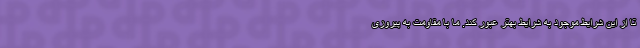
تا از این شرایط موجود به شرایط بهتر عبور کند. ما با مقاومت به پیروزی